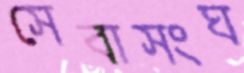
সেবাসংঘ